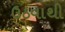
ઉઠવાથી